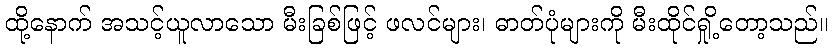
ထို့နောက် အသင့်ယူလာသော မီးခြစ်ဖြင့် ဖလင်များ၊ ဓာတ်ပုံများကို မီးထိုင်ရှို့တော့သည်။